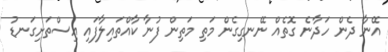
އޭނާ ދެން ހަދާނެ ގޮތެއް ނޭނގިގެން މަތި މަތިން ފުނާ ކާއްތައިލާފައި އިސްތަށިގަނޑު